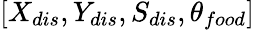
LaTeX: [{X_{dis}},{Y_{dis}},{S_{dis}},{\theta_{food}}]